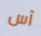
آس